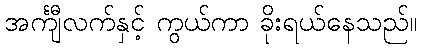
အင်္ကျီလက်နှင့် ကွယ်ကာ ခိုးရယ်နေသည်။